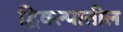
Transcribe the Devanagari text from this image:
द्विक्ल्पातील